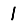
Digit: 1